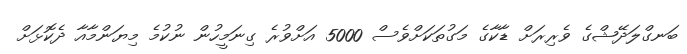
ބަނގްލަދޭޝްގެ ވެރިރަށް ޑާކާގެ މަގުތަކަށްވެސް 5000 އަށްވުރެ ގިނަމީހުން ނުކުމެ މިޔަންމާއާ ދެކޮޅަށް